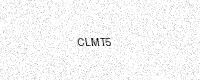
Text: CLMT5